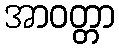
အာဝတ္တာ